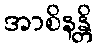
အာစိနန္တိ